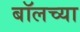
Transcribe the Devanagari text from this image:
बॉलच्या